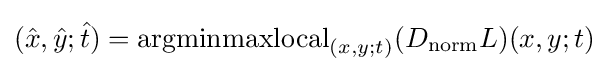
({\hat {x}},{\hat {y}};{\hat {t}})=\operatorname {argminmaxlocal} _{(x,y;t)}(D_{\mathrm {norm} }L)(x,y;t)